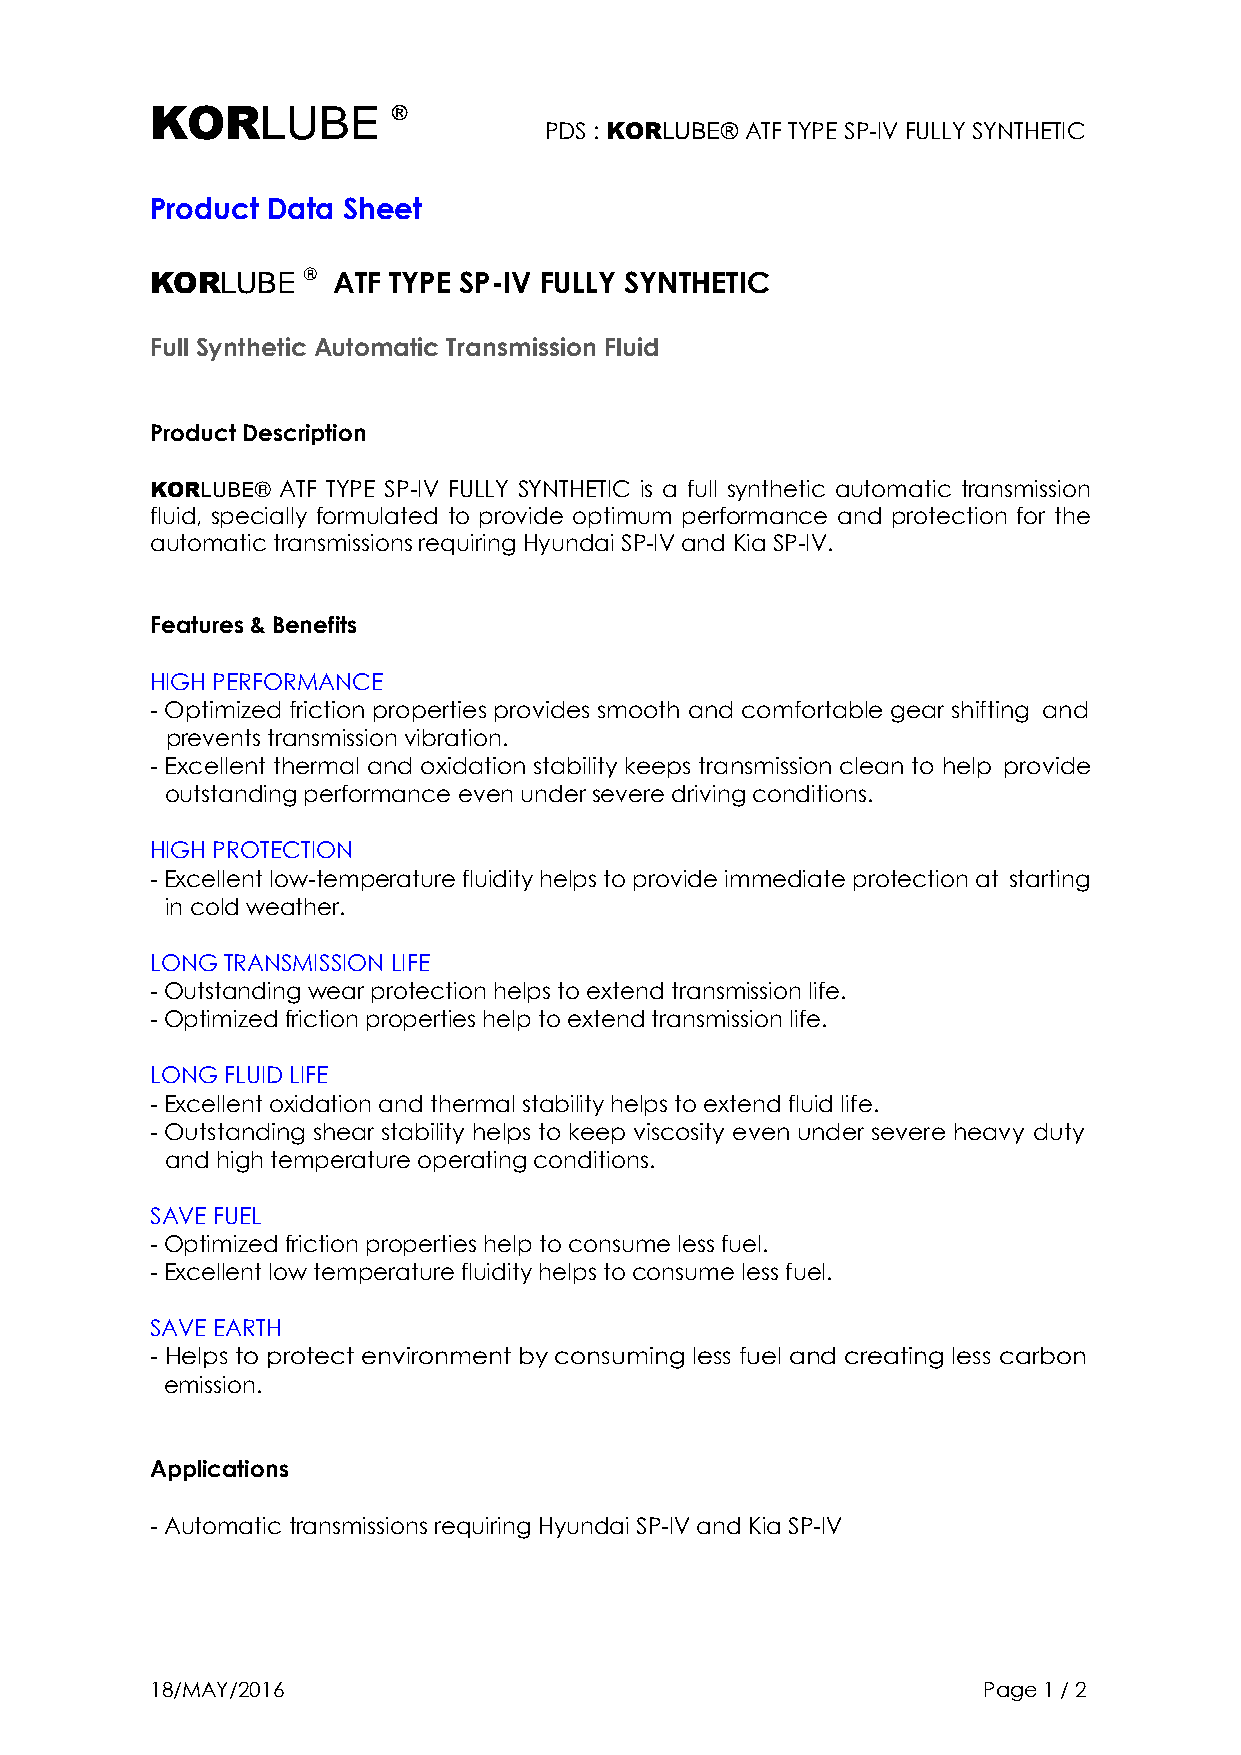
KORLUBE         ®
 PDS : KORLUBE® ATF TYPE SP-IV FULLY SYNTHETIC
 Product Data Sheet
 KORLUBE   ® ATF TYPE SP-IV FULLY SYNTHETIC
 Full Synthetic Automatic Transmission Fluid
 Product Description
 KORLUBE® ATF TYPE SP-IV FULLY SYNTHETIC is a full synthetic automatic transmission
 fluid, specially formulated to provide optimum performance and protection for the
 automatic transmissions requiring Hyundai SP-IV and Kia SP-IV.
 Features & Benefits
 HIGH PERFORMANCE
 - Optimized friction properties provides smooth and comfortable gear shifting and
 prevents transmission vibration.
 - Excellent thermal and oxidation stability keeps transmission clean to help provide
 outstanding performance even under severe driving conditions.
 HIGH PROTECTION
 - Excellent low-temperature fluidity helps to provide immediate protection at starting
 in cold weather.
 LONG TRANSMISSION LIFE
 - Outstanding wear protection helps to extend transmission life.
 - Optimized friction properties help to extend transmission life.
 LONG FLUID LIFE
 - Excellent oxidation and thermal stability helps to extend fluid life.
 - Outstanding shear stability helps to keep viscosity even under severe heavy duty
 and high temperature operating conditions.
 SAVE FUEL
 - Optimized friction properties help to consume less fuel.
 - Excellent low temperature fluidity helps to consume less fuel.
 SAVE EARTH
 - Helps to protect environment by consuming less fuel and creating less carbon
 emission.
 Applications
 - Automatic transmissions requiring Hyundai SP-IV and Kia SP-IV
 18/MAY/2016                                            Page 1 / 2